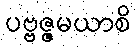
ပဗ္ဗဇ္ဇမယာစိ